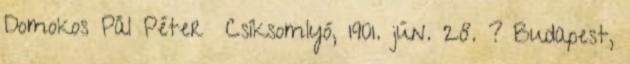
Domokos Pál Péter Csíksomlyó, 1901. jún. 28. ? Budapest,